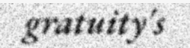
gratuity's